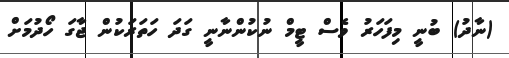
(ނާދު) ބުނީ މިފަހަރު ވެސް ޓީމް ނުކުންނާނީ ގަދަ ހަތަރަކުން ޖާގަ ހޯދުމަށް